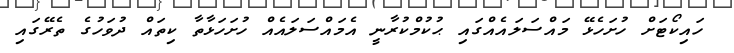
ހައިކޯޓަށް ހުށަހެޅޭ މައްސަލައެއްގައި ޙުކުމްކުރާނީ އެމައްސަލައެއް ހުށަހަޅާތާ ކިތައް ދުވަހުގެ ތެރޭގައި